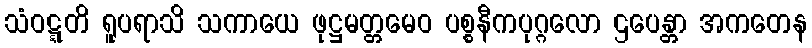
သံဝဋ္ဋတိ ရူပရာသိ သကာယေ ဖုဋ္ဌမတ္တမေဝ ပစ္စနီကပုဂ္ဂလော ဌပေန္တာ အကတေန